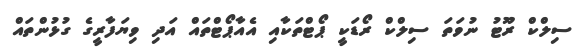
ސިލްކް ރޫޓު ނުވަތަ ސިލްކް ރޯޑަކީ ޕޯޓްތަކާއި އެއާޕޯޓްތައް އަދި ވިޔަފާރީގެ ގުޅުންތައް